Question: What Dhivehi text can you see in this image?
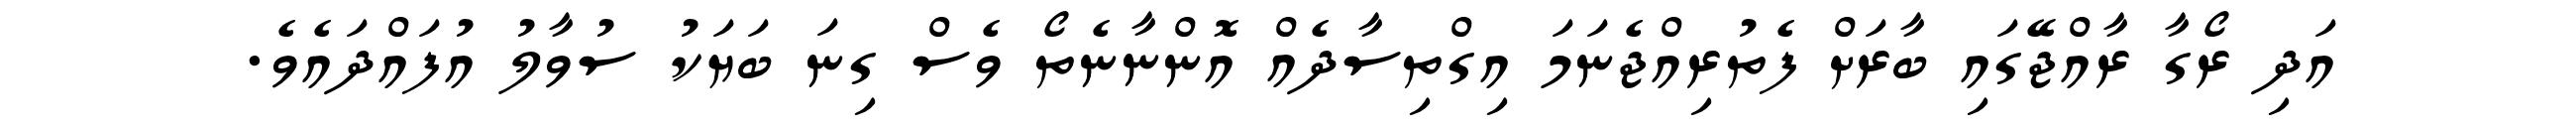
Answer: އަދި ރޯގާ ރާއްޖޭގައި ބާރަށް ފެތުރިއްޖެނަމަ އިގްތިސާދެއް އޮންނާނެތޯ ވެސް ގިނަ ބަޔަކު ސުވާލު އުފައްދައެވެ.